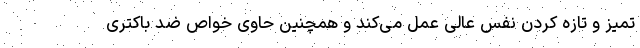
تمیز و تازه کردن نفس عالی عمل می‌کند و همچنین حاوی خواص ضد باکتری